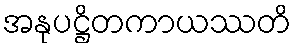
အနုပဋ္ဌိတကာယဿတိ